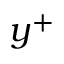
y ^ { + }